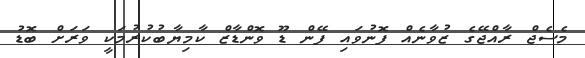
މެސެޖް ރާއްޖޭގެ ޒުވާނެއް ފޮނުވައި ފޭން ޑޫ ވޮންޑާޒް ކާމިޔާބުކުރުމަކީ ވަރަށް ބޮޑު